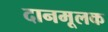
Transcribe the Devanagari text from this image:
दानमूलक